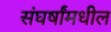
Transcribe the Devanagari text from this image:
संघर्षांमधील